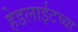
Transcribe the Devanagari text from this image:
हेडलाईटच्या